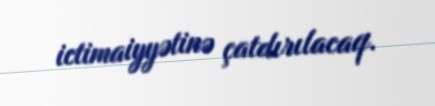
ictimaiyyətinə çatdırılacaq.